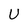
Character: U